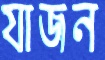
যাজন